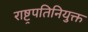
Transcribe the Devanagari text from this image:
राष्ट्रपतिनियुक्त